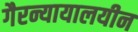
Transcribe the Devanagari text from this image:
गैरन्यायालयीन